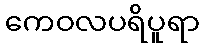
ကေဝလပရိပူရာ